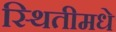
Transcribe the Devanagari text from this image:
स्थितीमधे